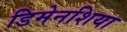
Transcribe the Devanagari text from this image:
डिमेनशिया